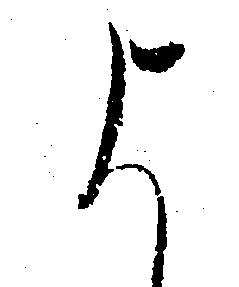
よ